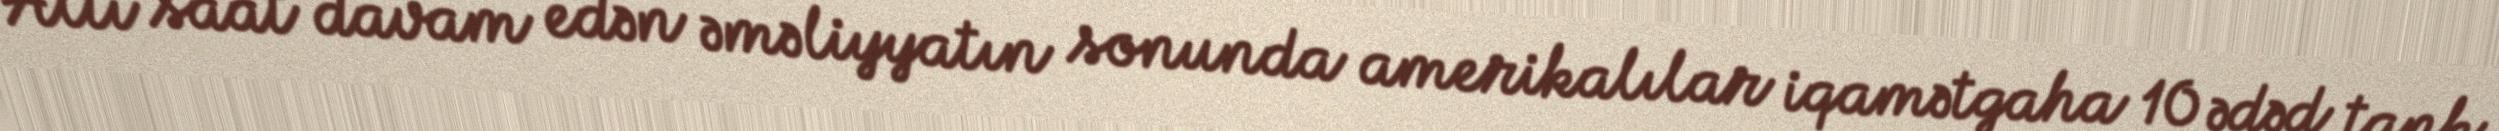
Altı saat davam edən əməliyyatın sonunda amerikalılar iqamətgaha 10 ədəd tank